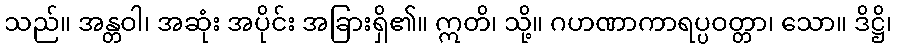
သည်။ အန္တဝါ၊ အဆုံး အပိုင်း အခြားရှိ၏။ ဣတိ၊ သို့။ ဂဟဏာကာရပ္ပဝတ္တာ၊ သော။ ဒိဋ္ဌိ၊